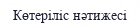
Көтеріліс нәтижесі